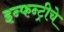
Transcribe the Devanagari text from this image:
इन्फन्ट्रीचे